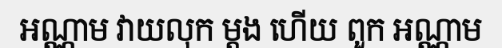
អណ្ណាម វាយលុក ម្តង ហើយ ពួក អណ្ណាម